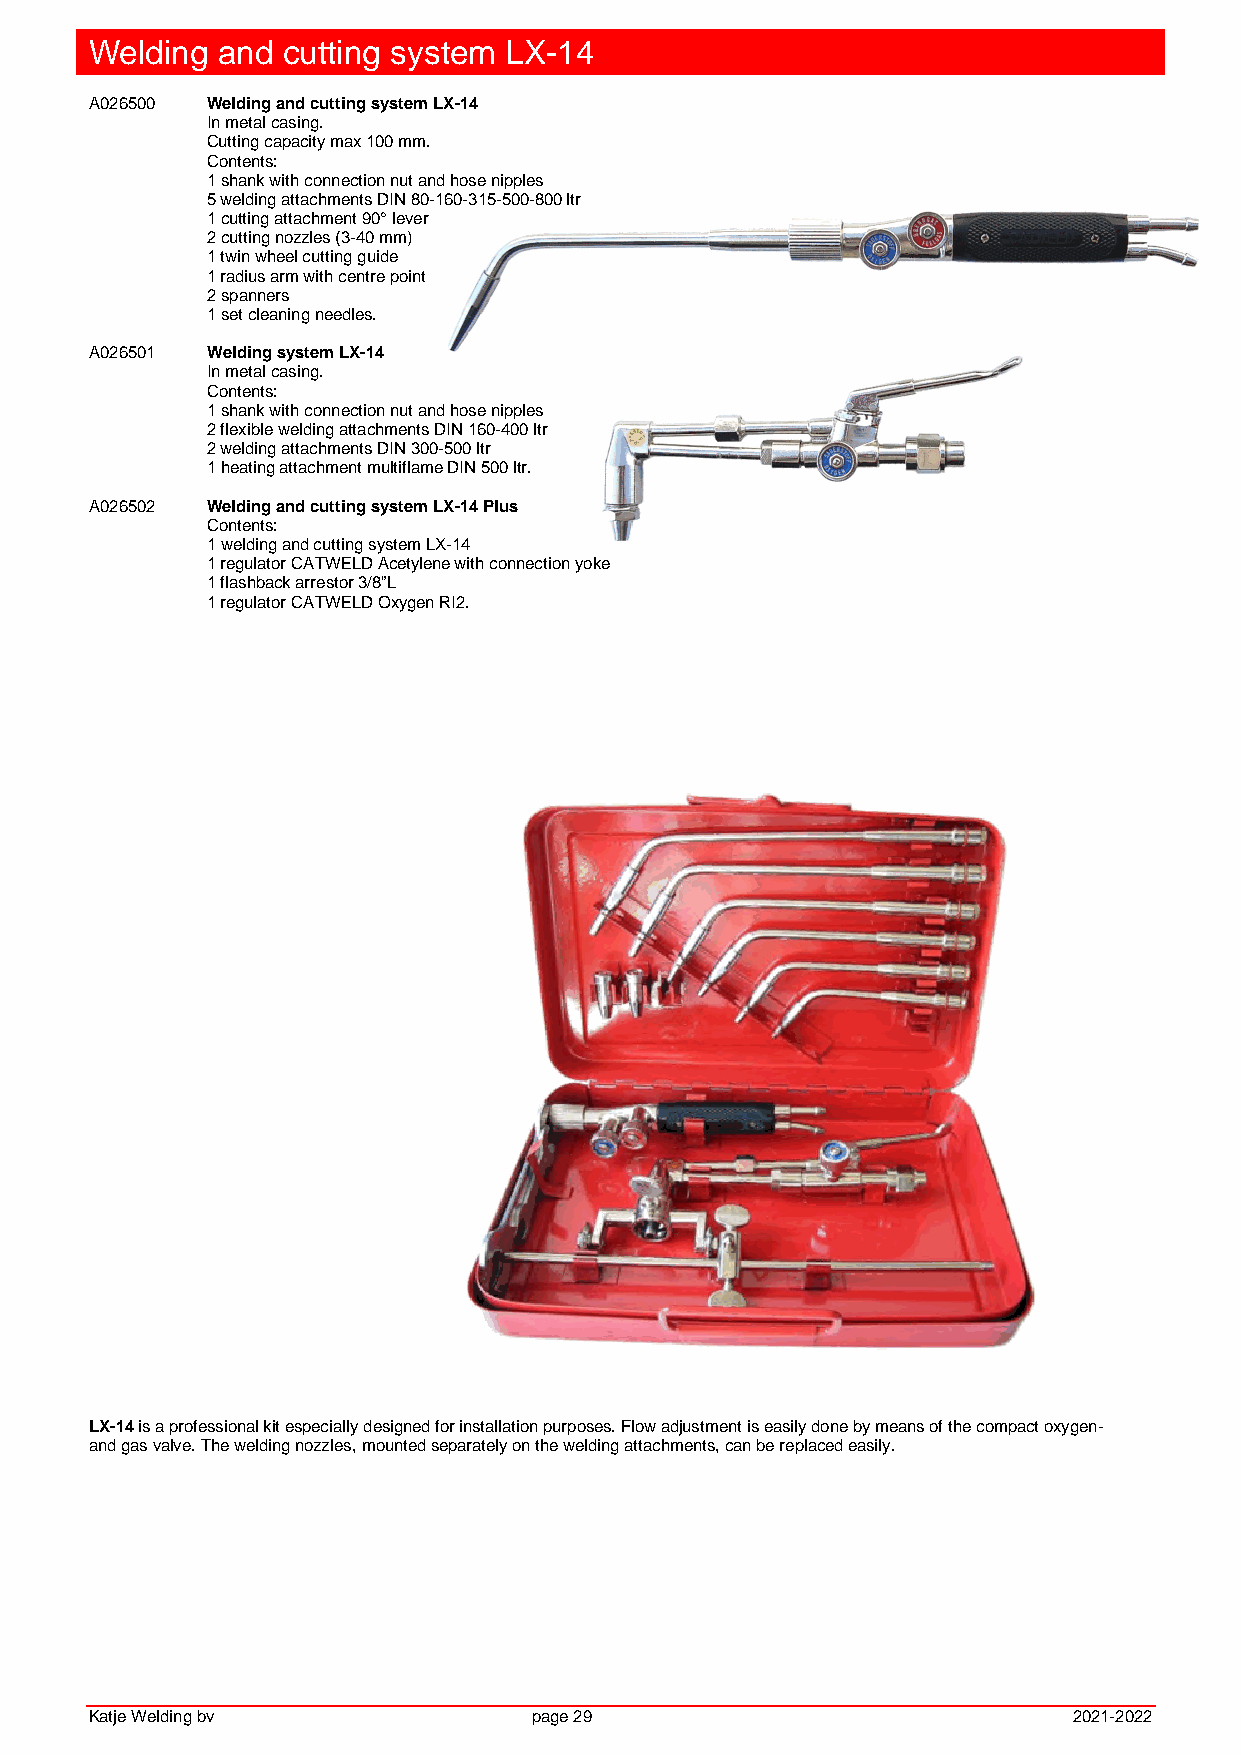
Welding and  cutting system LX-14
 A026500 Welding and cutting system LX-14
 In metal casing.
 Cutting capacity max 100 mm.
 Contents:
 1 shank with connection nut and hose nipples
 5 welding attachments DIN 80-160-315-500-800 ltr
 1 cutting attachment 90° lever
 2 cutting nozzles (3-40 mm)
 1 twin wheel cutting guide
 1 radius arm with centre point
 2 spanners
 1 set cleaning needles.
 A026501 Welding system LX-14
 In metal casing.
 Contents:
 1 shank with connection nut and hose nipples
 2 flexible welding attachments DIN 160-400 ltr
 2 welding attachments DIN 300-500 ltr
 1 heating attachment multiflame DIN 500 ltr.
 A026502 Welding and cutting system LX-14 Plus
 Contents:
 1 welding and cutting system LX-14
 1 regulator CATWELD Acetylene with connection yoke
 1 flashback arrestor 3/8”L
 1 regulator CATWELD Oxygen RI2.
 LX-14 is a professional kit especially designed for installation purposes. Flow adjustment is easily done by means of the compact oxygen-
 and gas valve. The welding nozzles, mounted separately on the welding attachments, can be replaced easily.
 Katje Welding bv             page 29                             2021-2022